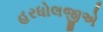
હરધોલજીએ